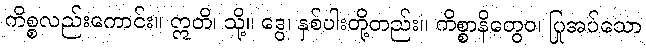
ကိစ္စလည်းကောင်း။ ဣတိ၊ သို့။ ဒွေ၊ နှစ်ပါးတို့တည်း။ ကိစ္စာနိတွေဝ၊ ပြုအပ်သော